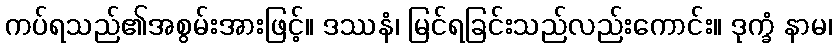
ကပ်ရသည်၏အစွမ်းအားဖြင့်။ ဒဿနံ၊ မြင်ရခြင်းသည်လည်းကောင်း။ ဒုက္ခံ နာမ၊